Lunatic asylums United Provinces 1899-1908 - 1899-1908
Year: 1899
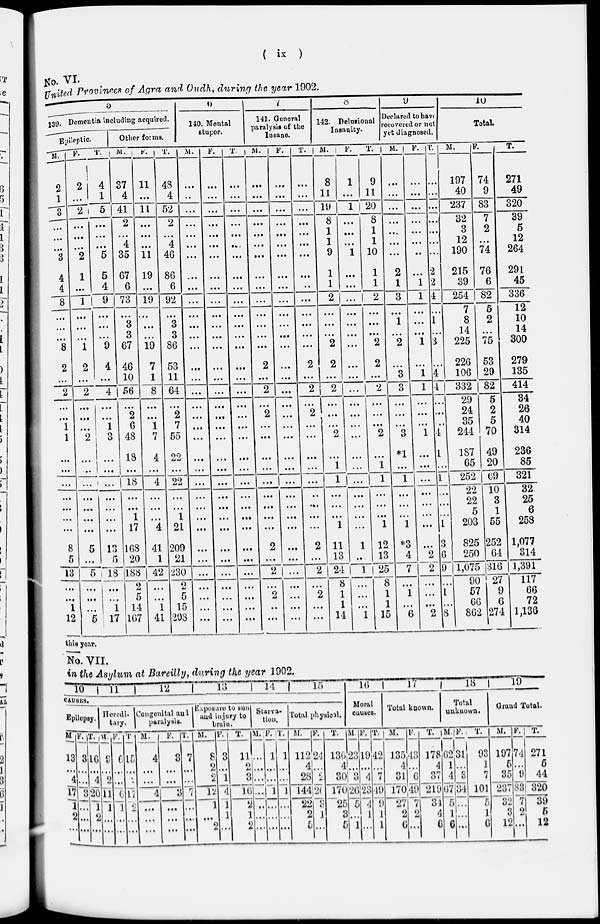
( ix )
No. VI.
United Provinces of Agra and Oudh, during the year 1902.
5
139. Dementia including acquired.
Epileptic.
M.
2
1
3
...
...
...
3
4
4
8
...
...
...
8
2
...
2
...
...
1
1
...
...
...
...
...
...
...
8
5
13
...
...
1
12
F.
2
...
2
...
...
...
2
1
...
1
...
...
...
1
2
...
2
...
...
...
2
...
...
...
...
...
...
...
5
...
5
...
...
...
5
T.
4
1
5
...
...
...
5
5
4
9
...
...
...
9
4
...
4
...
...
1
3
...
...
...
...
...
...
...
13
5
18
...
...
1
17
Other forms.
M.
37
4
41
2
...
4
35
67
6
73
...
3
3
67
46
10
56
...
2
6
48
18
...
18
...
...
1
17
168
5
188
2
5
1
167
F.
11
...
11
...
...
...
11
19
...
19
...
...
...
19
7
1
8
...
...
1
7
4
...
4
...
...
...
4
41
1
42
...
5
14
41
T.
48
4
52
2
...
4
46
86
6
92
...
3
3
86
53
11
64
...
2
7
55
22
...
22
...
...
1
21
209
21
230
2
5
15
208
6
140. Mental
stupor.
M.
...
..
...
...
...
...
...
...
...
...
...
...
...
...
...
...
...
...
...
...
...
...
...
...
...
...
...
...
...
...
...
...
...
...
...
F.
...
...
...
...
...
...
...
...
...
...
...
...
...
...
...
...
...
...
...
...
...
...
...
...
...
...
...
...
...
...
...
...
...
...
...
T.
...
...
...
...
..
...
...
...
...
...
...
...
...
...
...
...
...
...
...
...
...
...
...
...
...
...
...
...
...
...
...
...
...
...
...
7
141. General
paralysis of the
Insane.
M.
...
...
...
...
...
...
...
...
...
...
...
...
...
...
2
...
2
...
2
...
...
...
...
...
...
...
...
...
2
...
2
...
2
...
...
F.
...
...
...
...
...
...
...
...
...
...
...
...
...
...
...
...
...
...
...
...
...
...
...
...
...
...
...
...
...
...
...
...
...
...
...
T.
...
...
...
...
...
...
...
...
...
...
...
...
...
...
2
...
2
...
2
...
...
...
...
...
...
...
...
...
2
...
2
...
2
...
...
8
142. Delusional
Insanity.
M.
8
11
19
8
1
1
9
1
1
2
...
...
...
2
2
...
2
...
...
...
2
...
1
1
...
...
...
1
11
13
24
8
1
1
14
F.
1
...
1
...
...
...
1
...
...
...
...
...
...
...
...
...
...
...
...
...
...
...
...
...
...
...
...
...
1
...
1
...
...
...
1
T.
9
11
20
8
1
1
10
1
1
2
...
...
...
2
2
...
2
...
...
...
2
...
1
1
...
...
...
1
12
13
25
8
1
1
15
9
Declared to have
recovered or not
yet diagnosed.
M.
...
...
...
...
...
...
...
2
1
3
...
1
...
2
...
3
3
...
...
...
3
*1
...
1
...
...
...
1
*3
4
7
8
1
...
6
F.
...
...
...
...
...
...
...
...
1
1
...
...
...
1
...
1
1
...
...
...
1
...
...
...
...
...
...
...
...
2
2
...
...
...
2
T.
...
...
...
...
...
...
...
2
2
4
...
1
...
3
...
4
4
...
...
...
4
1
...
1
...
...
...
1
3
6
9
...
1
...
8
10
Total.
M.
197
40
237
32
3
12
190
215
39
254
7
8
14
225
226
106
332
29
24
35
244
187
65
252
22
22
5
203
825
250
1,075
90
57
66
862
F.
74
9
83
7
2
...
74
76
6
82
5
2
...
75
53
29
82
6
2
5
70
49
20
69
10
3
1
55
252
64
316
27
9
6
274
T.
271
49
320
39
5
12
264
291
45
336
12
10
14
300
279
135
414
34
26
40
314
236
85
321
32
25
6
258
1,077
314
1,391
117
66
72
1,136
this year.
No. VII.
in the Asylum at Bareilly, during the year 1902.
10
11
12
13
14
15
CAUSES.
Epilepsy.
M
13
...
4
17
1
2
...
F.
3
...
...
3
...
...
...
T.
16
...
4
20
1
2
...
Heredi-
tary.
M.
9
...
2
11
1
...
...
F.
6
...
...
6
1
...
...
T.
16
...
2
17
2
...
...
Congenital and
paralysis.
M.
4
...
...
4
...
...
...
F.
3
...
...
3
...
...
...
T.
7
...
...
7
...
...
...
Exposure to sun
and injury to
brain.
M.
8
2
2
12
1
...
2
F.
3
...
1
4
1
1
...
T.
11
2
3
16
2
1
2
Starva-
tion.
M.
...
...
...
...
...
...
...
F.
1
...
...
1
...
...
...
T.
1
...
...
1
...
...
...
Total physical.
M.
112
4
28
144
22
2
5
F.
24
...
...
...
3
1
...
T.
136
4
30
170
25
3
5
16
Moral
causes.
M.
23
...
3
26
5
...
1
F.
19
...
4
23
4
1
...
T.
42
...
7
49
9
1
1
17
Total known.
M.
135
4
31
170
27
2
6
F.
43
...
6
49
7
2
...
T.
178
4
37
219
34
4
6
18
Total
unknown.
M.
62
1
4
67
5
1
6
F.
31
...
3
34
...
...
...
T.
93
1
7
101
5
1
6
19
Grand Total.
M.
197
5
35
237
32
3
12
F.
74
...
9
83
7
2
...
T.
271
5
44
320
39
5
12